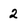
Character: 2